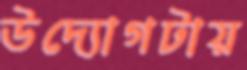
উদ্যোগটায়